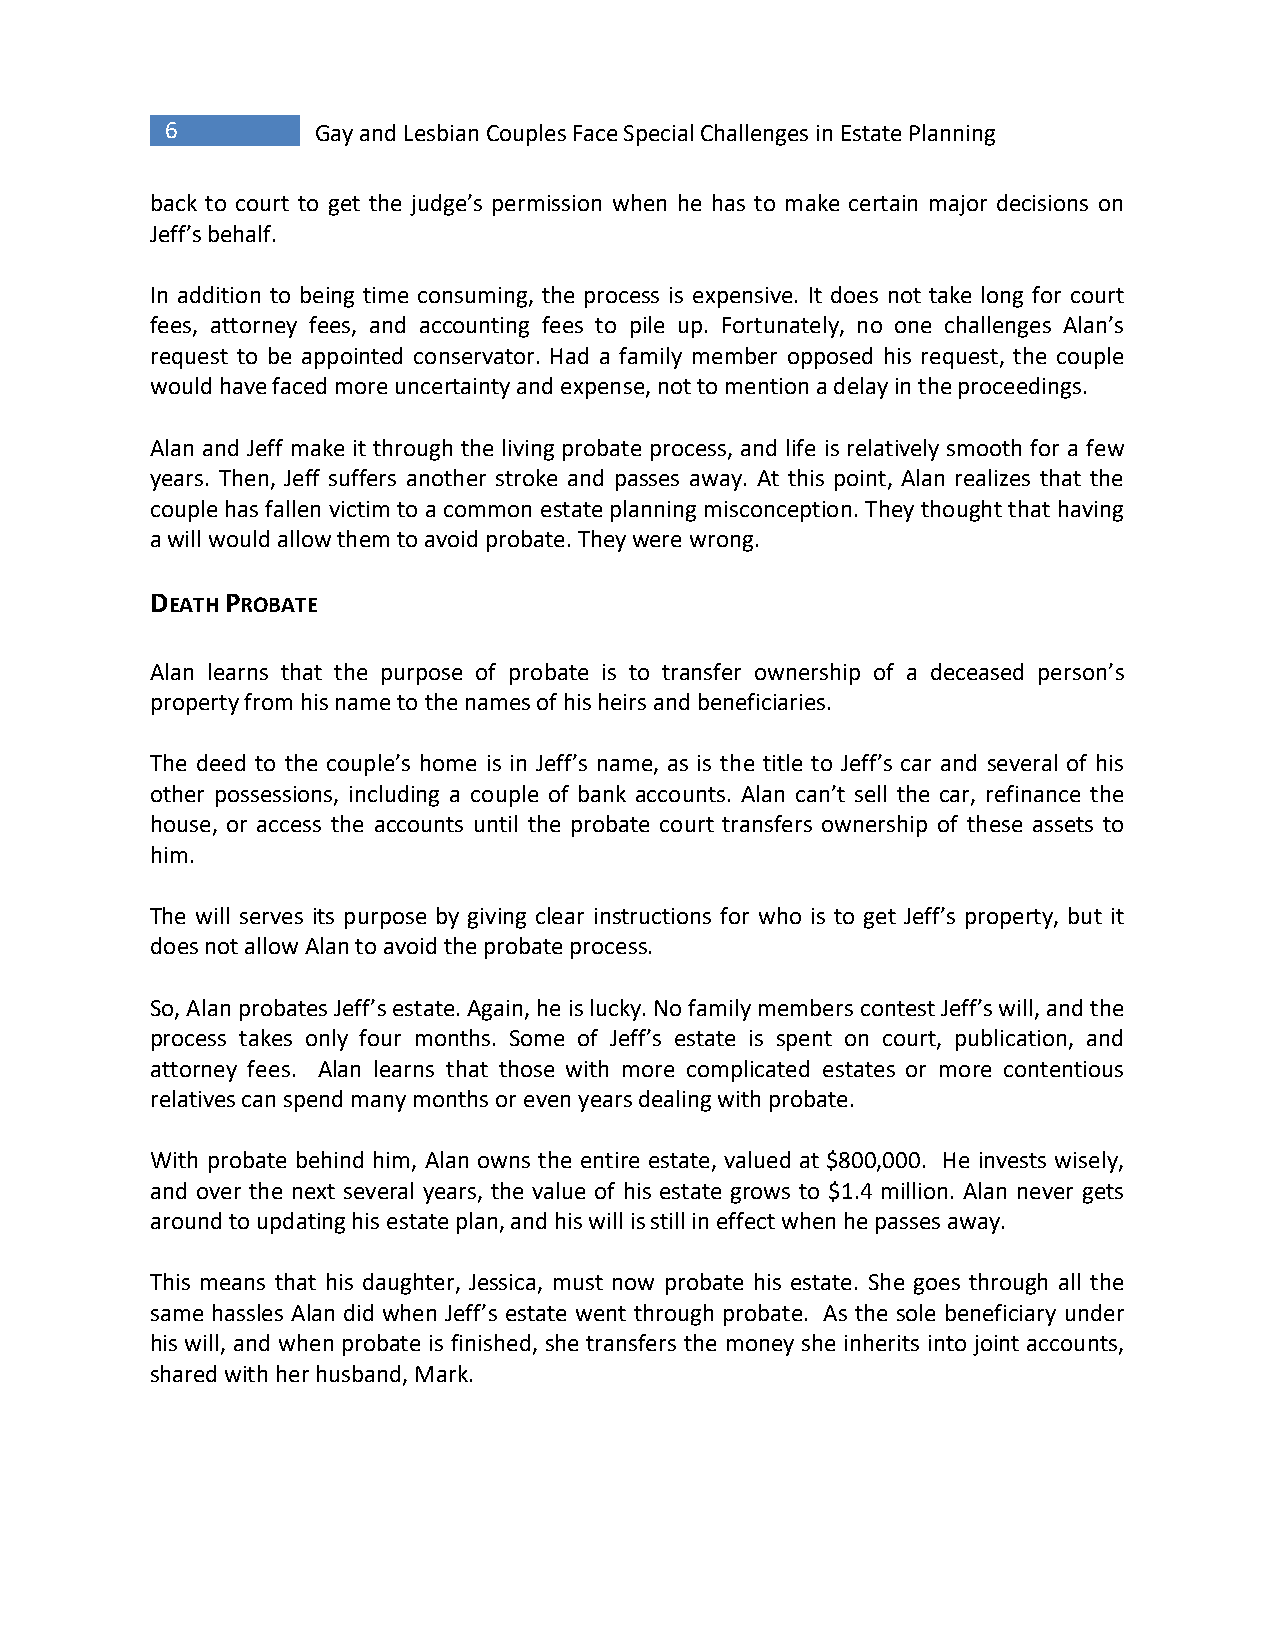
6         Gay and Lesbian Couples Face Special Challenges in Estate Planning
 back to court to get the judge’s permission when he has to make certain major decisions on
 Jeff’s behalf.
 In addition to being time consuming, the process is expensive. It does not take long for court
 fees, attorney fees, and accounting fees to pile up. Fortunately, no one challenges Alan’s
 request to be appointed conservator. Had a family member opposed his request, the couple
 would have faced more uncertainty and expense, not to mention a delay in the proceedings.
 Alan and Jeff make it through the living probate process, and life is relatively smooth for a few
 years. Then, Jeff suffers another stroke and passes away. At this point, Alan realizes that the
 couple has fallen victim to a common estate planning misconception. They thought that having
 a will would allow them to avoid probate. They were wrong.
 DEATH PROBATE
 Alan learns that the purpose of probate is to transfer ownership of a deceased person’s
 property from his name to the names of his heirs and beneficiaries.
 The deed to the couple’s home is in Jeff’s name, as is the title to Jeff’s car and several of his
 other possessions, including a couple of bank accounts. Alan can’t sell the car, refinance the
 house, or access the accounts until the probate court transfers ownership of these assets to
 him.
 The will serves its purpose by giving clear instructions for who is to get Jeff’s property, but it
 does not allow Alan to avoid the probate process.
 So, Alan probates Jeff’s estate. Again, he is lucky. No family members contest Jeff’s will, and the
 process takes only four months. Some of Jeff’s estate is spent on court, publication, and
 attorney fees. Alan learns that those with more complicated estates or more contentious
 relatives can spend many months or even years dealing with probate.
 With probate behind him, Alan owns the entire estate, valued at $800,000. He invests wisely,
 and over the next several years, the value of his estate grows to $1.4 million. Alan never gets
 around to updating his estate plan, and his will is still in effect when he passes away.
 This means that his daughter, Jessica, must now probate his estate. She goes through all the
 same hassles Alan did when Jeff’s estate went through probate. As the sole beneficiary under
 his will, and when probate is finished, she transfers the money she inherits into joint accounts,
 shared with her husband, Mark.